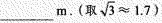
___m.(取\sqrt{3}≈1.7)